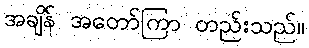
အချိန် အတော်ကြာ တည်းသည်။